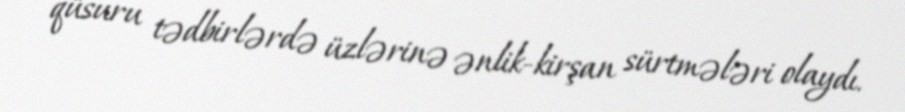
qüsuru tədbirlərdə üzlərinə ənlik-kirşan sürtmələri olaydı.